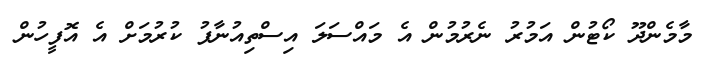
މާމެންދޫ ކޯޓުން އަމުރު ނެރުމުން އެ މައްސަލަ އިސްތިއުނާފު ކުރުމަށް އެ އޮފީހުން